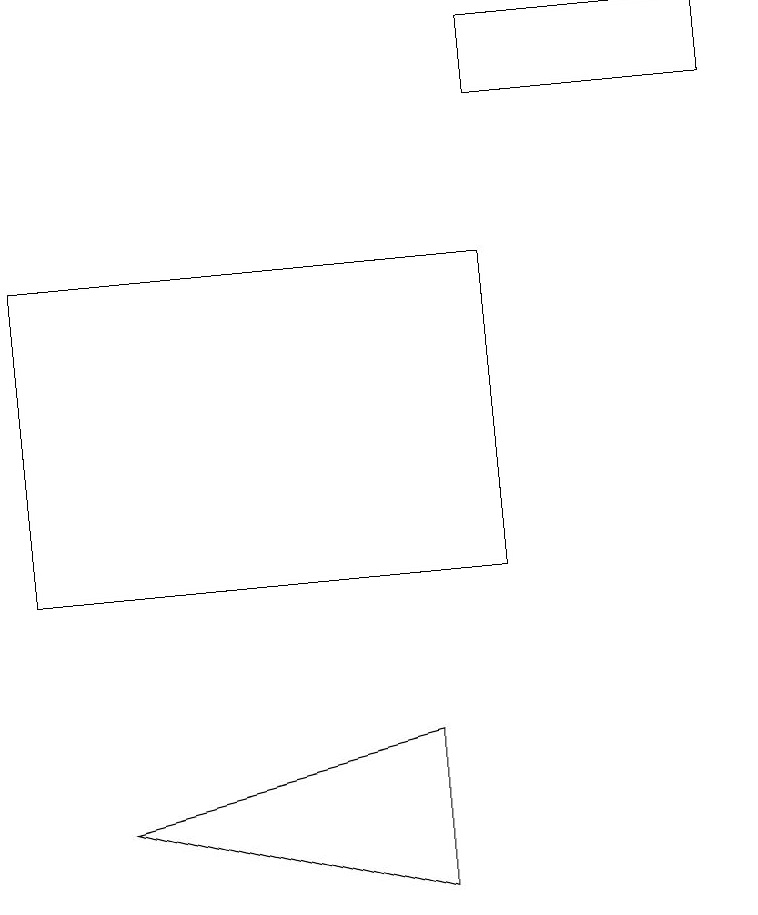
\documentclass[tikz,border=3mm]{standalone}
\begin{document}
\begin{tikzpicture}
\draw (1,8) -- (5,9) -- (5,7) -- cycle;
\draw (9,17) rectangle (6,18);
\draw (0,15) rectangle (6,11);
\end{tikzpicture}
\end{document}